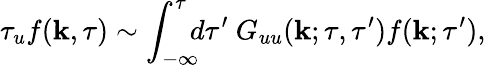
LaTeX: \tau_{u}f({\mathbf{k}},\tau)\sim\int_{-\infty}^{\tau}\! \! \! d\tau^{\prime}\ G_{uu}({\mathbf{k}};\tau,\tau^{\prime})f({\mathbf{k}};\tau^{\prime}),